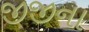
જીજીના